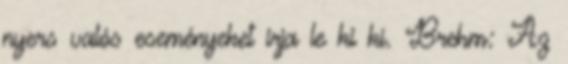
nyers valós eseményeket írja le ki ki. Brehm: Az